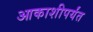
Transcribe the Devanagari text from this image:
आकाशीपर्यंत